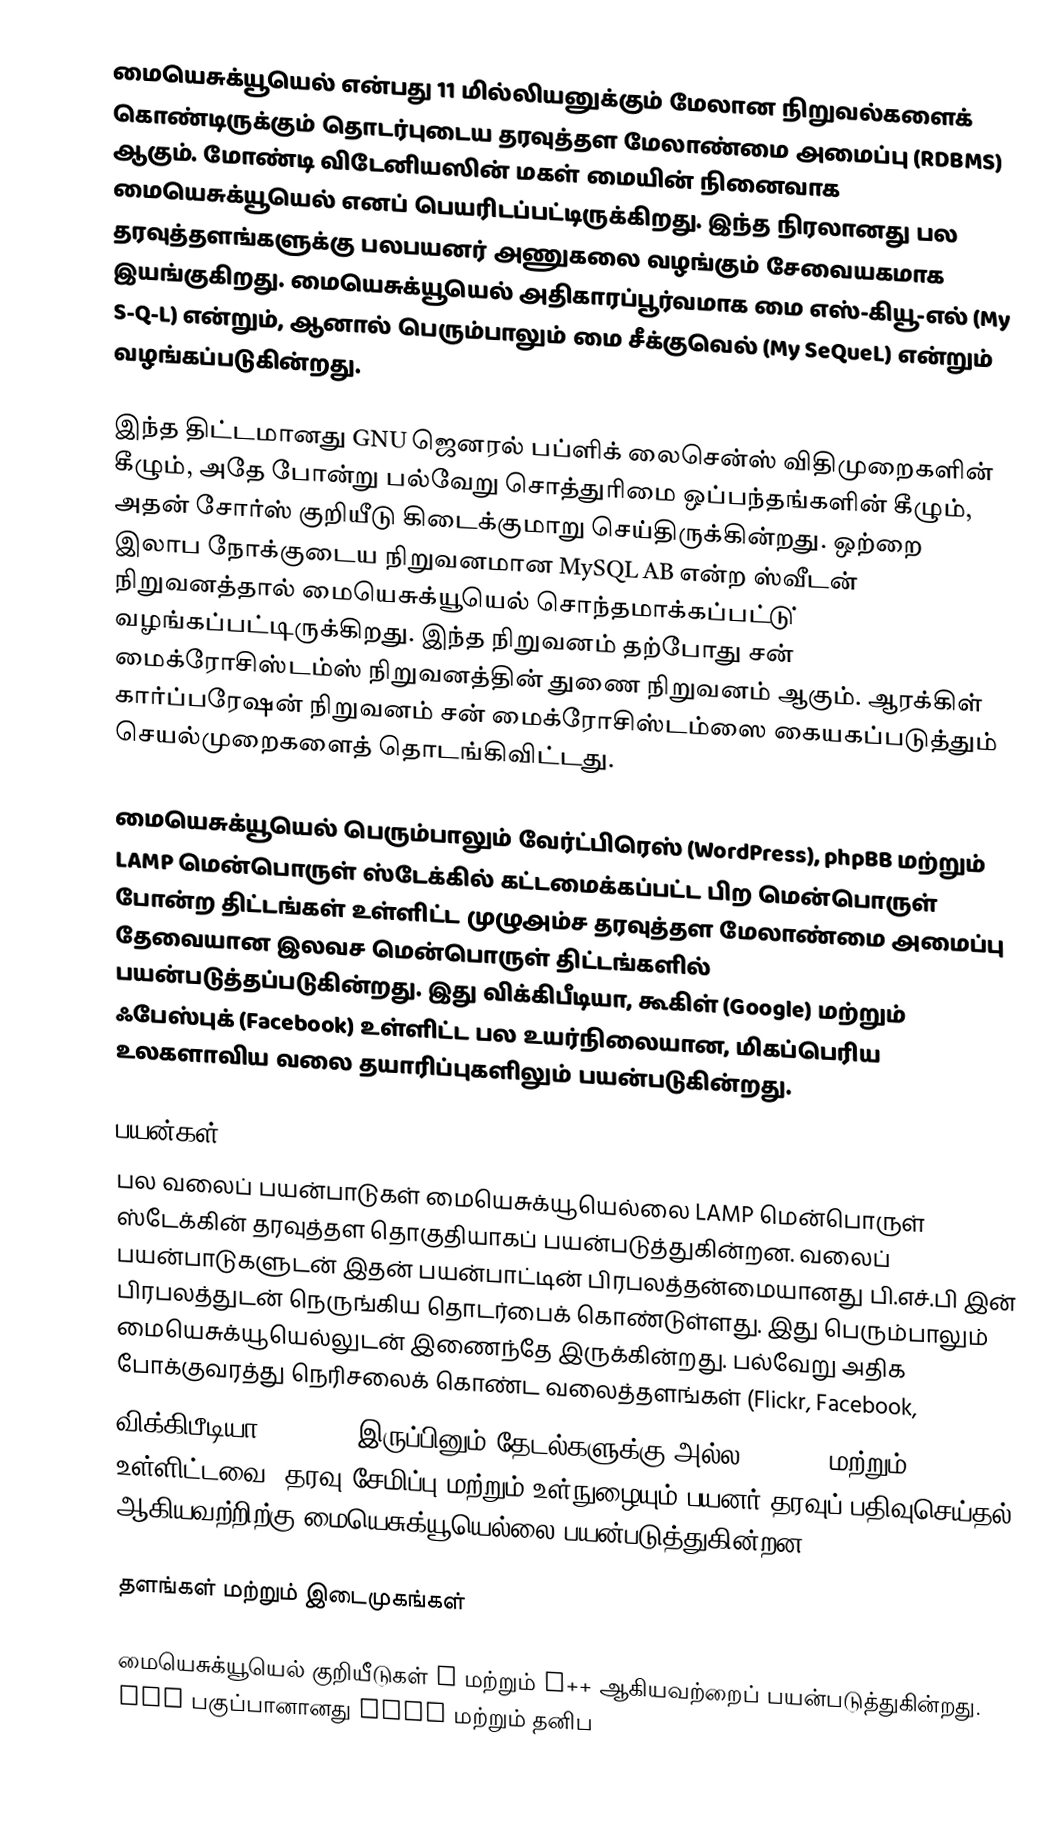
மையெசுக்யூயெல் என்பது 11 மில்லியனுக்கும் மேலான நிறுவல்களைக் கொண்டிருக்கும் தொடர்புடைய தரவுத்தள மேலாண்மை அமைப்பு (RDBMS) ஆகும். மோண்டி விடேனியஸின் மகள் மையின் நினைவாக மையெசுக்யூயெல் எனப் பெயரிடப்பட்டிருக்கிறது. இந்த நிரலானது பல தரவுத்தளங்களுக்கு பலபயனர் அணுகலை வழங்கும் சேவையகமாக இயங்குகிறது. மையெசுக்யூயெல் அதிகாரப்பூர்வமாக  மை எஸ்-கியூ-எல் (My S-Q-L) என்றும், ஆனால் பெரும்பாலும்  மை சீக்குவெல் (My SeQueL) என்றும் வழங்கப்படுகின்றது.

இந்த திட்டமானது GNU ஜெனரல் பப்ளிக் லைசென்ஸ் விதிமுறைகளின் கீழும், அதே போன்று பல்வேறு சொத்துரிமை ஒப்பந்தங்களின் கீழும், அதன் சோர்ஸ் குறியீடு கிடைக்குமாறு செய்திருக்கின்றது. ஒற்றை இலாப நோக்குடைய நிறுவனமான MySQL AB என்ற ஸ்வீடன் நிறுவனத்தால் மையெசுக்யூயெல் சொந்தமாக்கப்பட்டு் வழங்கப்பட்டிருக்கிறது. இந்த நிறுவனம் தற்போது சன் மைக்ரோசிஸ்டம்ஸ் நிறுவனத்தின் துணை நிறுவனம் ஆகும்.  ஆரக்கிள் கார்ப்பரேஷன் நிறுவனம் சன் மைக்ரோசிஸ்டம்ஸை கையகப்படுத்தும் செயல்முறைகளைத் தொடங்கிவிட்டது.

மையெசுக்யூயெல் பெரும்பாலும் வேர்ட்பிரெஸ் (WordPress), phpBB மற்றும் LAMP மென்பொருள் ஸ்டேக்கில் கட்டமைக்கப்பட்ட பிற மென்பொருள் போன்ற திட்டங்கள் உள்ளிட்ட முழுஅம்ச தரவுத்தள மேலாண்மை அமைப்பு தேவையான இலவச மென்பொருள் திட்டங்களில் பயன்படுத்தப்படுகின்றது. இது விக்கிபீடியா, கூகிள் (Google) மற்றும் ஃபேஸ்புக் (Facebook) உள்ளிட்ட பல உயர்நிலையான, மிகப்பெரிய உலகளாவிய வலை தயாரிப்புகளிலும் பயன்படுகின்றது.

பயன்கள்
பல வலைப் பயன்பாடுகள் மையெசுக்யூயெல்லை LAMP மென்பொருள் ஸ்டேக்கின் தரவுத்தள தொகுதியாகப் பயன்படுத்துகின்றன. வலைப் பயன்பாடுகளுடன் இதன் பயன்பாட்டின் பிரபலத்தன்மையானது பி.எச்.பி இன் பிரபலத்துடன் நெருங்கிய தொடர்பைக் கொண்டுள்ளது. இது பெரும்பாலும் மையெசுக்யூயெல்லுடன் இணைந்தே இருக்கின்றது. பல்வேறு அதிக போக்குவரத்து நெரிசலைக் கொண்ட வலைத்தளங்கள் (Flickr, Facebook,
விக்கிபீடியா, Google (இருப்பினும் தேடல்களுக்கு அல்ல), Nokia மற்றும் YouTube உள்ளிட்டவை) தரவு சேமிப்பு மற்றும் உள்நுழையும் பயனர் தரவுப் பதிவுசெய்தல் ஆகியவற்றிற்கு மையெசுக்யூயெல்லை பயன்படுத்துகின்றன.

தளங்கள் மற்றும் இடைமுகங்கள்

மையெசுக்யூயெல் குறியீடுகள் C மற்றும் C++ ஆகியவற்றைப் பயன்படுத்துகின்றது. SQL பகுப்பானானது yacc மற்றும் தனிப